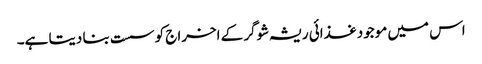
اس میں موجود غذائی ریشہ شوگر کے اخراج کو سست بنا دیتا ہے۔